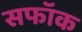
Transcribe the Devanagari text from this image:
सफॉक